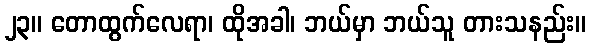
၂၃။ တောထွက်လေရာ၊ ထိုအခါ၊ ဘယ်မှာ ဘယ်သူ တားသနည်း။